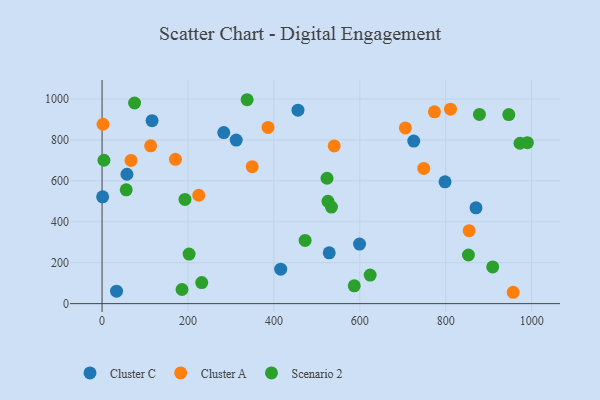
{"axis": {"x": "Price", "y": "Salary"}, "legend": ["Cluster A", "Cluster C", "Scenario 2"], "data": [{"x": "599.4", "y": 290.9, "type": "Cluster C"}, {"x": "528.8", "y": 248.1, "type": "Cluster C"}, {"x": "283.3", "y": 836.1, "type": "Cluster C"}, {"x": "33.7", "y": 61.0, "type": "Cluster C"}, {"x": "870.5", "y": 468.3, "type": "Cluster C"}, {"x": "725.6", "y": 794.2, "type": "Cluster C"}, {"x": "57.9", "y": 632.2, "type": "Cluster C"}, {"x": "116.4", "y": 894.3, "type": "Cluster C"}, {"x": "415.9", "y": 168.2, "type": "Cluster C"}, {"x": "1.3", "y": 522.1, "type": "Cluster C"}, {"x": "456.1", "y": 945.6, "type": "Cluster C"}, {"x": "798.4", "y": 595.4, "type": "Cluster C"}, {"x": "312.3", "y": 799.3, "type": "Cluster C"}, {"x": "225.1", "y": 529.7, "type": "Cluster A"}, {"x": "2.3", "y": 876.6, "type": "Cluster A"}, {"x": "773.8", "y": 937.3, "type": "Cluster A"}, {"x": "170.8", "y": 705.2, "type": "Cluster A"}, {"x": "67.5", "y": 699.7, "type": "Cluster A"}, {"x": "957.1", "y": 55.5, "type": "Cluster A"}, {"x": "349.6", "y": 669.1, "type": "Cluster A"}, {"x": "748.9", "y": 660.9, "type": "Cluster A"}, {"x": "540.4", "y": 770.7, "type": "Cluster A"}, {"x": "854.6", "y": 356.5, "type": "Cluster A"}, {"x": "386.3", "y": 861.2, "type": "Cluster A"}, {"x": "113.1", "y": 771.3, "type": "Cluster A"}, {"x": "811.2", "y": 950.3, "type": "Cluster A"}, {"x": "706.1", "y": 858.7, "type": "Cluster A"}, {"x": "472.7", "y": 308.8, "type": "Scenario 2"}, {"x": "186.1", "y": 69.1, "type": "Scenario 2"}, {"x": "946.8", "y": 924.0, "type": "Scenario 2"}, {"x": "587.1", "y": 87.1, "type": "Scenario 2"}, {"x": "523.7", "y": 612.8, "type": "Scenario 2"}, {"x": "75.7", "y": 980.6, "type": "Scenario 2"}, {"x": "990.1", "y": 786.6, "type": "Scenario 2"}, {"x": "909.4", "y": 179.5, "type": "Scenario 2"}, {"x": "337.7", "y": 996.5, "type": "Scenario 2"}, {"x": "534.0", "y": 472.0, "type": "Scenario 2"}, {"x": "972.9", "y": 783.9, "type": "Scenario 2"}, {"x": "852.9", "y": 237.6, "type": "Scenario 2"}, {"x": "56.2", "y": 556.0, "type": "Scenario 2"}, {"x": "624.1", "y": 139.8, "type": "Scenario 2"}, {"x": "4.4", "y": 700.8, "type": "Scenario 2"}, {"x": "525.9", "y": 499.9, "type": "Scenario 2"}, {"x": "232.0", "y": 102.8, "type": "Scenario 2"}, {"x": "193.0", "y": 509.2, "type": "Scenario 2"}, {"x": "202.6", "y": 242.0, "type": "Scenario 2"}, {"x": "878.5", "y": 924.5, "type": "Scenario 2"}]}